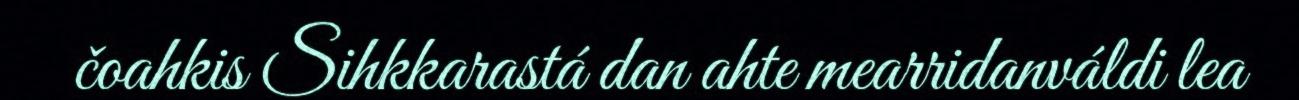
čoahkis Sihkkarastá dan ahte mearridanváldi lea